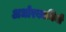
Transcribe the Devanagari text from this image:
अधोरकामिनी